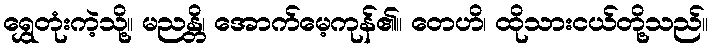
ရွှေတုံးကဲ့သို့။ မညန္တိ၊ အောက်မေ့ကုန်၏။ တေဟိ၊ ထိုသားငယ်တို့သည်။